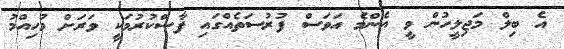
އެ ބިލް މަޖިލީހުން ވީ އެންމެ އަވަސް ފުރުސަތެއްގައި ފާސްކުރުމަކީ ވަރަށް މުހިއްމު